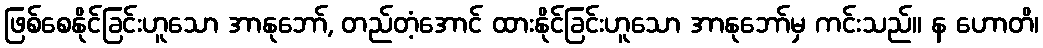
ဖြစ်စေနိုင်ခြင်းဟူသော အာနုဘော်, တည်တံ့အောင် ထားနိုင်ခြင်းဟူသော အာနုဘော်မှ ကင်းသည်။ န ဟောတိ၊